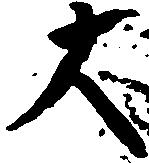
大